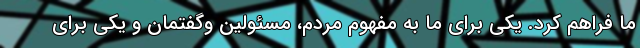
ما فراهم کرد. یکی برای ما به مفهوم مردم، مسئولین وگفتمان و یکی برای